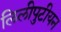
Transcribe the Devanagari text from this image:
लिलीपुटीयन